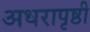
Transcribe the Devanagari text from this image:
अधरापृष्ठी